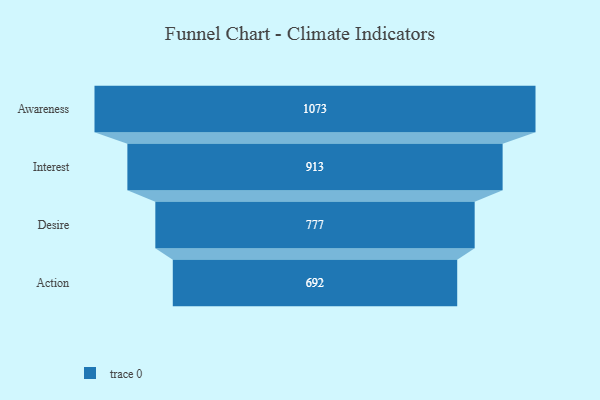
{"axis": {"x": "Stage", "y": "Value"}, "legend": [""], "data": [{"x": "Awareness", "y": 1073.0, "type": ""}, {"x": "Interest", "y": 913.0, "type": ""}, {"x": "Desire", "y": 777.0, "type": ""}, {"x": "Action", "y": 692.0, "type": ""}]}